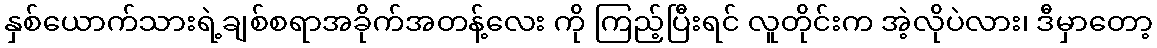
နှစ်ယောက်သားရဲ့ချစ်စရာအခိုက်အတန့်လေး ကို ကြည့်ပြီးရင် လူတိုင်းက အဲ့လိုပဲလား၊ ဒီမှာတော့